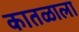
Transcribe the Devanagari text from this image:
कातळाला